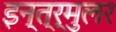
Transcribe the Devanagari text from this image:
इन्त्र्मुलर